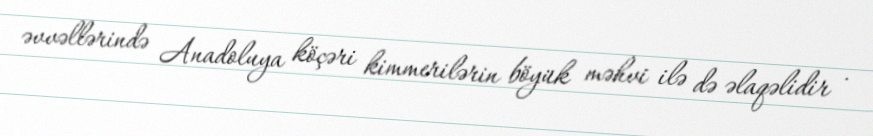
əvvəllərində Anadoluya köçəri kimmerilərin böyük məhvi ilə də əlaqəlidir .